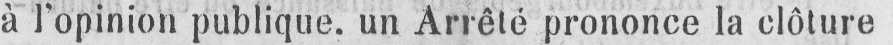
à l’opinion publique, un Arrêté prononce la clôture